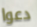
دعوا